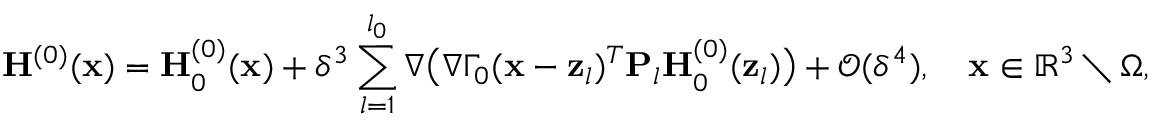
\mathbf { H } ^ { ( 0 ) } ( \mathbf { x } ) = \mathbf { H } _ { 0 } ^ { ( 0 ) } ( \mathbf { x } ) + \delta ^ { 3 } \sum _ { l = 1 } ^ { l _ { 0 } } \nabla \big ( \nabla \Gamma _ { 0 } ( \mathbf { x } - \mathbf { z } _ { l } ) ^ { T } \mathbf { P } _ { l } \mathbf { H } _ { 0 } ^ { ( 0 ) } ( \mathbf { z } _ { l } ) \big ) + \mathcal { O } ( \delta ^ { 4 } ) , \quad \mathbf { x } \in \mathbb { R } ^ { 3 } \setminus \Omega ,